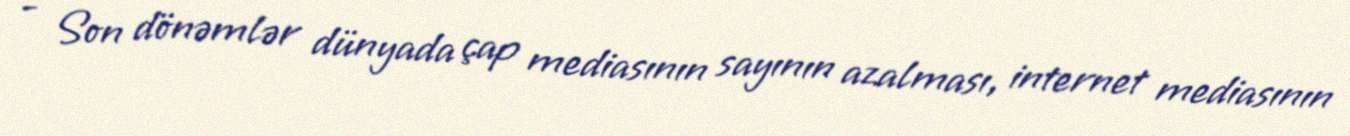
- Son dönəmlər dünyada çap mediasının sayının azalması, internet mediasının